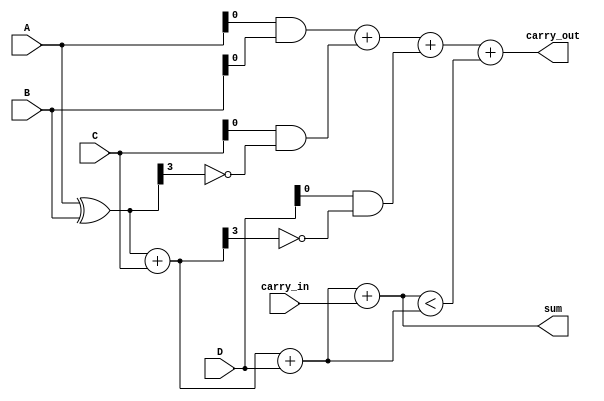
module ModifiedCarrySaveAdder (
    input [3:0] A,        // First operand
    input [3:0] B,        // Second operand
    input [3:0] C,        // Third operand
    input [3:0] D,        // Optional Fourth operand
    input carry_in,       // Optional carry input
    output reg [4:0] sum, // Final sum output (5 bits for carry)
    output reg carry_out   // Final carry output
);

    // Internal signals for partial sum and carry
    wire [4:0] partial_sum1, partial_carry1;
    wire [4:0] partial_sum2, partial_carry2;

    // First stage of addition (Carry Save Phase)
    assign partial_sum1 = A ^ B;      // XOR for sum
    assign partial_carry1 = {1'b0, A & B}; // AND for carry

    wire [4:0] saved_sum1 = partial_sum1 + {1'b0, C}; // Adding C
    wire [4:0] saved_carry1 = partial_carry1 + {1'b0, C & (~partial_sum1[3])}; // Carry from C

    wire [4:0] saved_sum2 = saved_sum1 + {1'b0, D}; // Adding D
    wire [4:0] saved_carry2 = saved_carry1 + {1'b0, D & (~saved_sum1[3])}; // Carry from D

    // Final stage calculation (Final Sum Phase)
    always @(*) begin
        sum = saved_sum2 + carry_in; // Include optional carry input
        carry_out = saved_carry2 + (sum < saved_sum2); // Determine final carry out
    end
    
endmodule